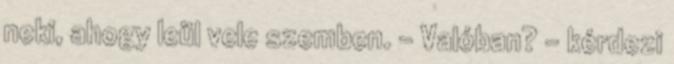
neki, ahogy leül vele szemben. – Valóban? – kérdezi